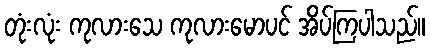
တုံးလုံး ကုလားသေ ကုလားမောပင် အိပ်ကြပါသည်။